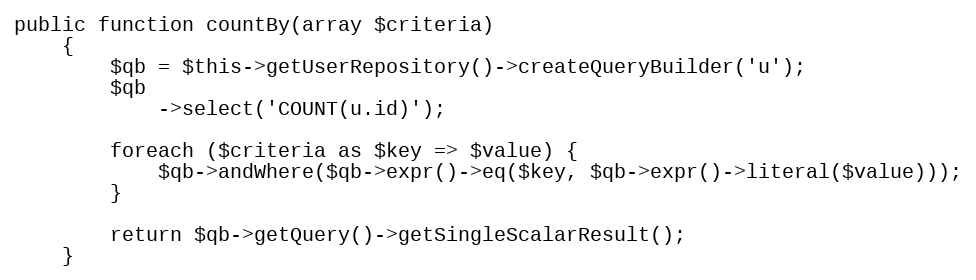
Language: PHP
public function countBy(array $criteria)
    {
        $qb = $this->getUserRepository()->createQueryBuilder('u');
        $qb
            ->select('COUNT(u.id)');

        foreach ($criteria as $key => $value) {
            $qb->andWhere($qb->expr()->eq($key, $qb->expr()->literal($value)));
        }

        return $qb->getQuery()->getSingleScalarResult();
    }